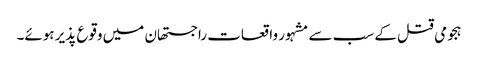
ہجومی قتل کے سب سے مشہور واقعات راجستھان میں وقوع پذیر ہوئے۔